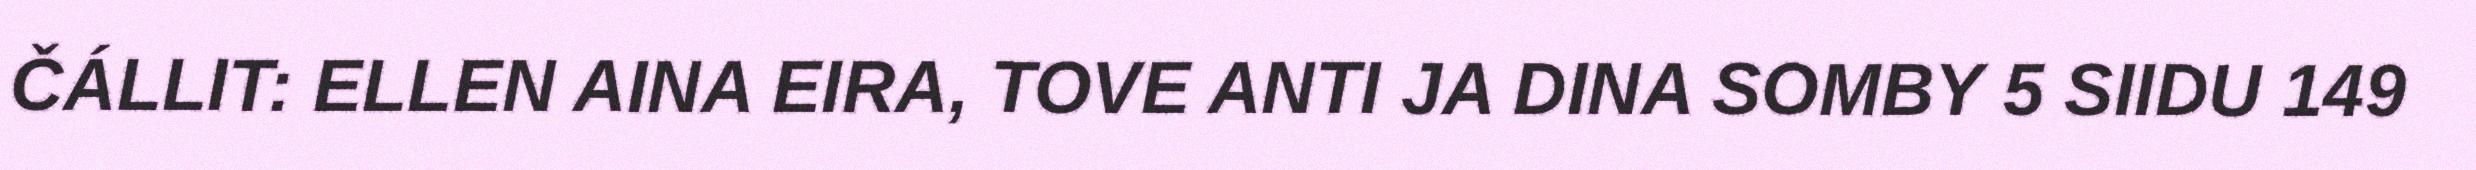
ČÁLLIT: ELLEN AINA EIRA, TOVE ANTI JA DINA SOMBY 5 SIIDU 149